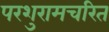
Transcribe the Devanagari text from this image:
परशुरामचरित